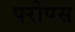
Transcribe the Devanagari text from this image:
परोपस